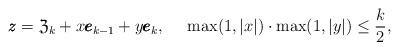
LaTeX: \begin{align*} \pmb{z}= \frak{Z}_k+ x\pmb{e}_{k-1}+ y\pmb{e}_k,\,\,\,\, \,\,\,\, \max (1, |x|)\cdot \max (1, |y|) \le \frac{k}{2}, \end{align*}